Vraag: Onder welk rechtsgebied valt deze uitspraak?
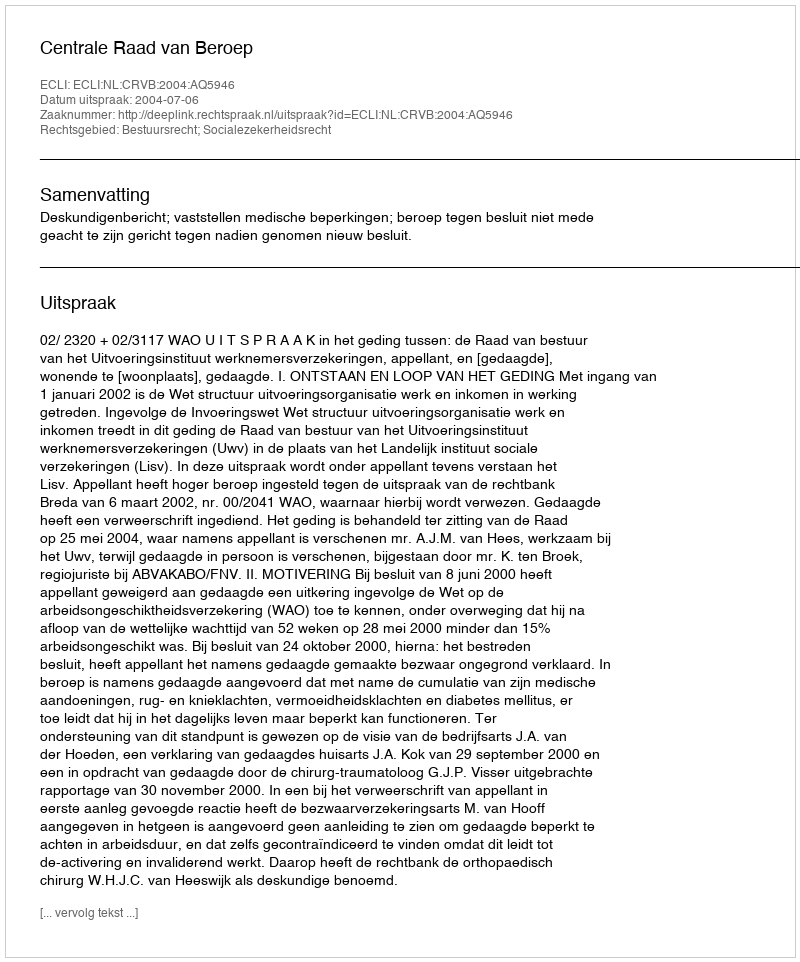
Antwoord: Bestuursrecht; Socialezekerheidsrecht